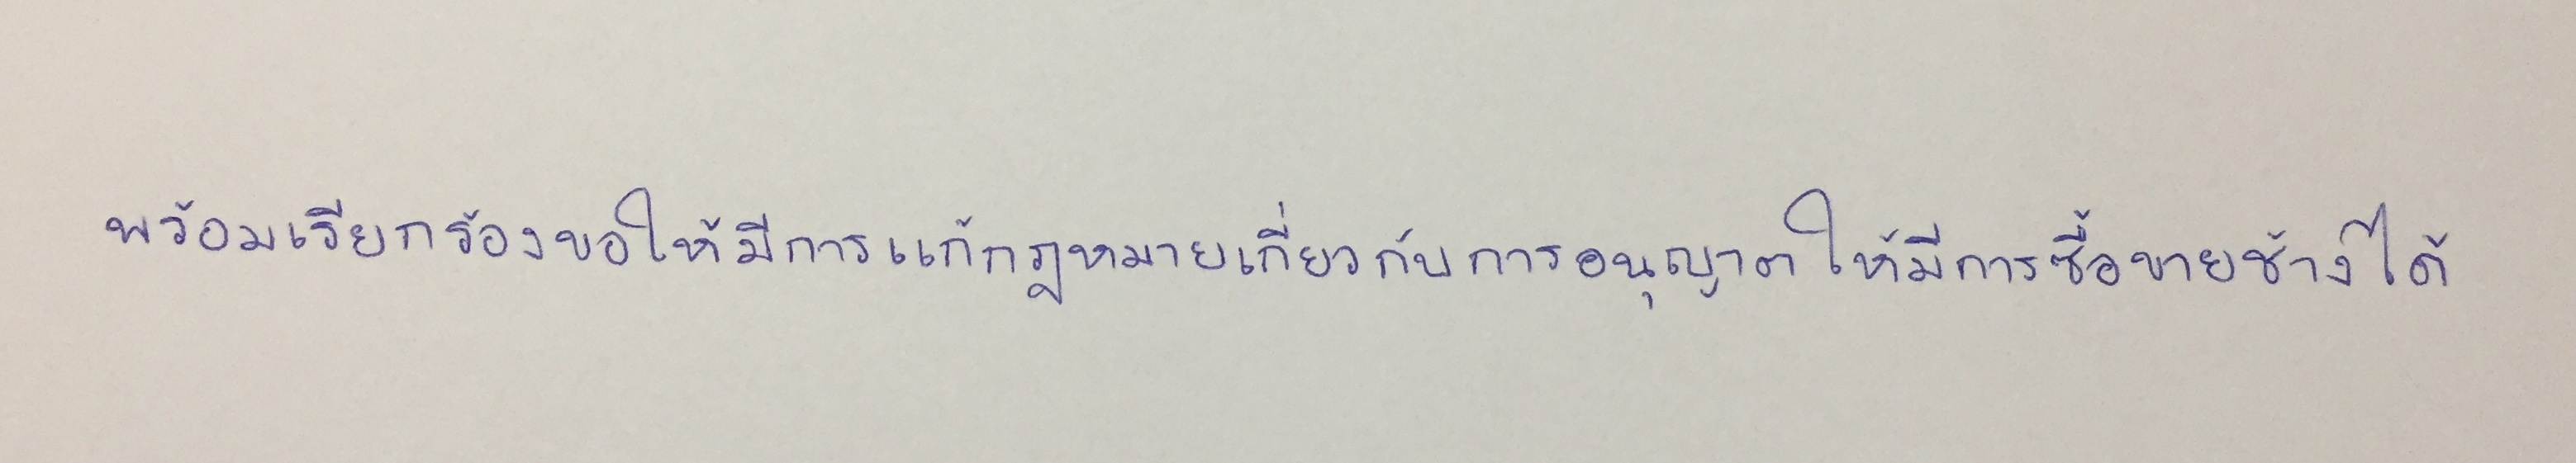
พร้อมเรียกร้องขอให้มีการแก้กฎหมายเกี่ยวกับการอนุญาตให้มีการซื้อขายช้างได้